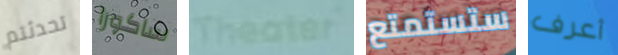
تحدثتم ساكورا Theater ستستمتع أعرف